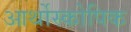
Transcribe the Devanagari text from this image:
आर्थोस्कोपिक